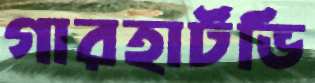
গারহার্টভি